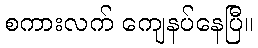
စကားလက် ကျေနပ်နေပြီ။